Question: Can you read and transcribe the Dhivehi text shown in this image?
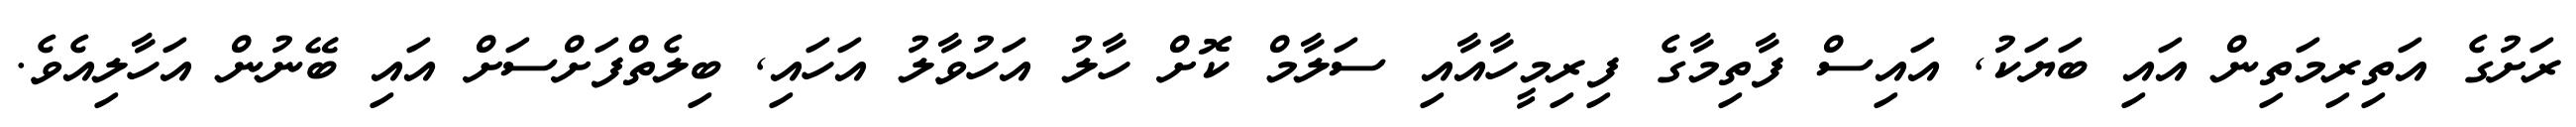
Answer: ރަށުގެ އަތިރިމަތިން އައި ބަޔަކު, އައިސް ފާތިމާގެ ފިރިމީހާއާއި ސަލާމް ކޮށް ހާލު އަހުވާލު އަހައި, ބިލެތްފަށްސަށް އައި ބޭނުން އަހާލިއެވެ.